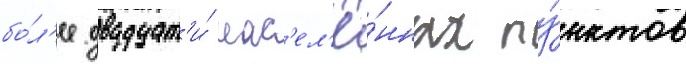
бо́л'ее двадцат'и́ нас'ел'ё́нных пу́нктов